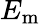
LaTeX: E_{\mathrm{m}}